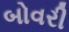
બોવરી